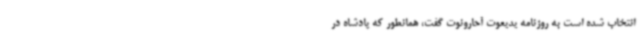
انتخاب شده است به روزنامه یدیعوت آحارونوت گفت، همانطور که پادشاه در